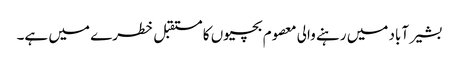
بشیر آباد میں رہنے والی معصوم بچیوں کا مستقبل خطرے میں ہے۔